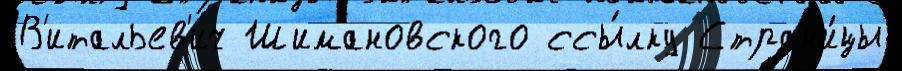
В'итальев'ич Шимановского ссы́лку Стран'и́цы